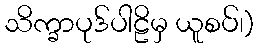
သိက္ခာပုဒ်ပါဠိမှ ယူစပ်၊)